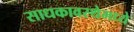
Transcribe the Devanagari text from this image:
साधकावस्थेमध्ये